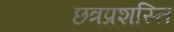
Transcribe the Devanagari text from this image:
छत्रप्रशस्ति